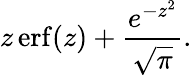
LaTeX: z\operatorname{erf}(z)+{\frac{e^{-z^{2}}}{\sqrt{\pi}}}.